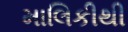
માલિકીથી